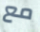
مع